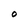
Character: O